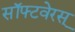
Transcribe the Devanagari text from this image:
सॉफ्टवेरस्